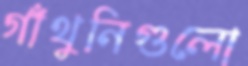
গাঁথুনিগুলো